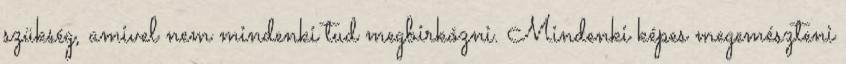
szükség, amivel nem mindenki tud megbirkózni. Mindenki képes megemészteni